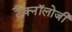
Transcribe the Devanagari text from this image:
टैक्नॉलोजी